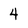
Character: 4